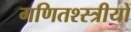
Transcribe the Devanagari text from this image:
गणितश्स्त्रीयों